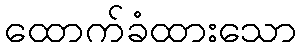
ထောက်ခံထားသော